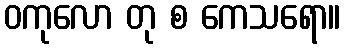
ဝကုလော တု စ ကေသရော။